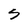
Character: S